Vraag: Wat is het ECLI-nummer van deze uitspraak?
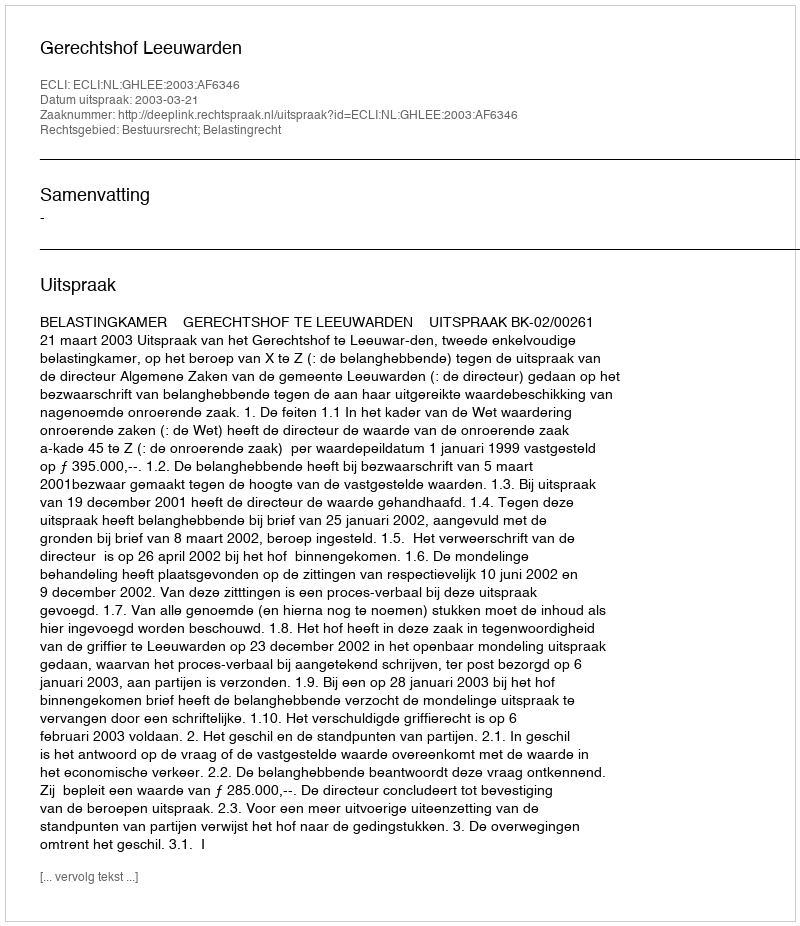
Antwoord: ECLI:NL:GHLEE:2003:AF6346